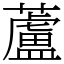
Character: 蘆